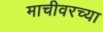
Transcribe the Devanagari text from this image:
माचीवरच्या